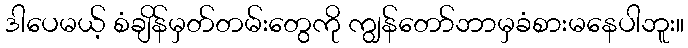
ဒါပေမယ့် စံချိန်မှတ်တမ်းတွေကို ကျွန်တော်ဘာမှခံစားမနေပါဘူး။